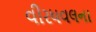
વીરધવલના